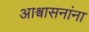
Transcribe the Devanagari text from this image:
आश्वासनांना